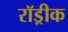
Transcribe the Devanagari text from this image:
रॉड्रीक